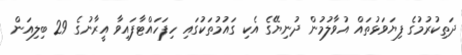
ދަތިކުރުމުގެ ފިޔަވަޅުތައް އުވާލުމުން ދުނިޔޭގެ އެކި ގައުމުތަކުގައި ހިފަހައްޓާފައިވާ އީރާނުގެ 29 ބިލިއަން